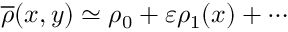
\overline { { \rho } } ( x , y ) \simeq \rho _ { 0 } + \varepsilon \rho _ { 1 } ( x ) + \cdots